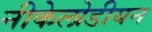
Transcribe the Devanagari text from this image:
नीकेलोडीयन